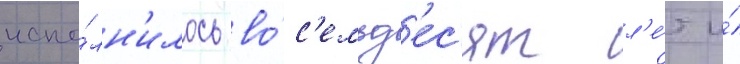
испо́лн'илось во́с'емьд'ес'ят л'е́т и́